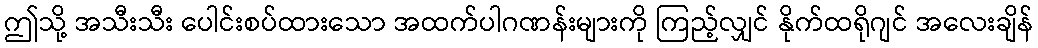
ဤသို့ အသီးသီး ပေါင်းစပ်ထားသော အထက်ပါဂဏန်းများကို ကြည့်လျှင် နိုက်ထရိုဂျင် အလေးချိန်